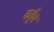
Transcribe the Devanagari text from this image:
कर्तुम